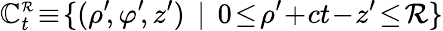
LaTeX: {\cal\mathbb{C}}_{t}^{\scriptscriptstyle\mathcal{R}}\! \equiv\! \{ (\rho^{\prime}\! ,\varphi^{\prime}\! ,z^{\prime})\: \: |\: \: 0\! \le\! \rho^{\prime}\! +\! ct\! -\! z^{\prime}\! \le\! \mathcal{R}\}